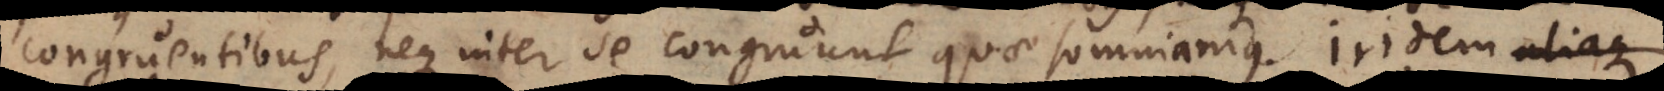
congruentibus, neque inter se congruunt quae somniamus. Iridem aliaque